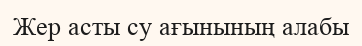
Жер асты су ағынының алабы